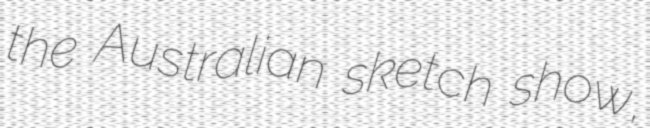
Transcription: the Australian sketch show,